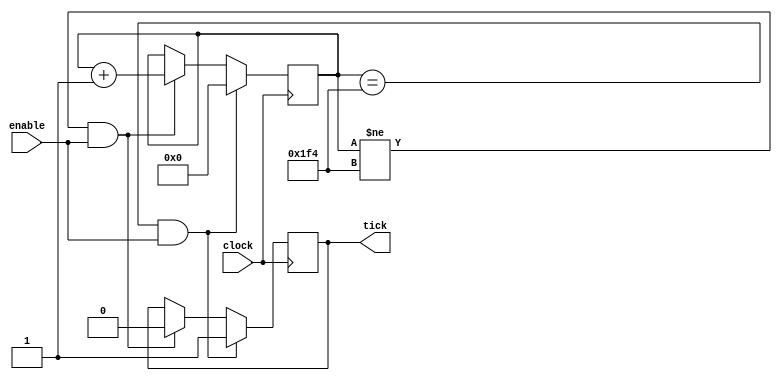
`timescale 1ns / 100ps

module clk_tick2500(
clock,
tick,
enable
);
parameter BIT_SZ=9;
input clock;
input	enable;
output tick;

reg [BIT_SZ-1:0] count;
reg tick; 

initial count=0;
initial tick = 0;

always @ (posedge clock)
	if (count == 500 && enable == 1'b1)
	begin
		tick = 1;
		count = 0;
	end
	else if (count != 500 && enable == 1'b1)
	begin
		count = count + 1'b1;
		tick = 0;
	end

endmodule